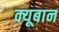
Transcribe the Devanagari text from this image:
क्यूबान